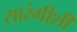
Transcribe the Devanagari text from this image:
सारंगीशी